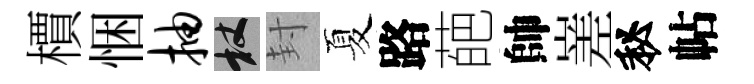
檟悃抽杖封夏路葩帥嵳秘帖